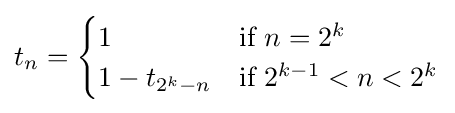
t_{n}={\begin{cases}1&{\text{if }}n=2^{k}\\1-t_{2^{k}-n}&{\text{if }}2^{k-1}<n<2^{k}\end{cases}}